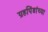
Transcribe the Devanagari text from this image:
ग्रहपिंडांच्या